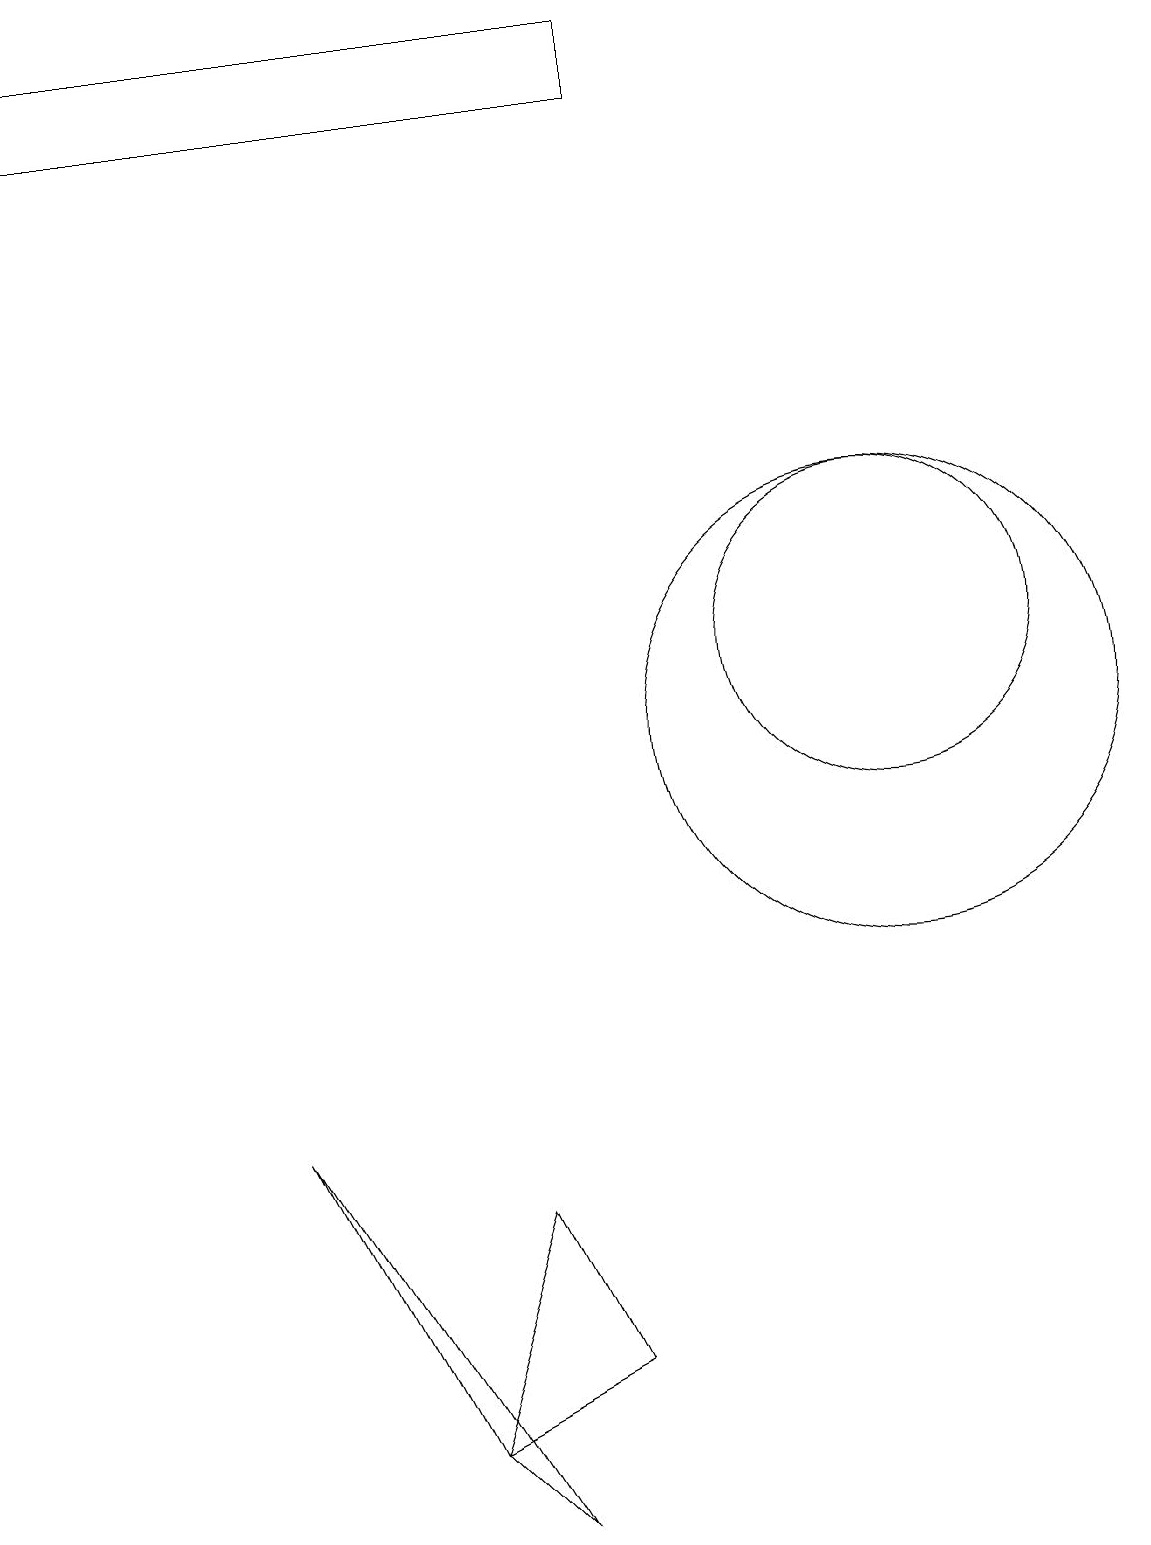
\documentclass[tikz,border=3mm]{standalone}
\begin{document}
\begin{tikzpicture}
\draw (11,10) circle (3);
\draw (7,2) -- (6,4) -- (5,1) -- cycle;
\draw (5,1) -- (6,0) -- (3,5) -- cycle;
\draw (0,19) rectangle (8,18);
\draw (11,11) circle (2);
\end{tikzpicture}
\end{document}